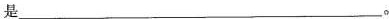
是___。